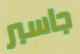
جاسبر